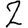
Digit: 2